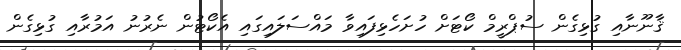
ޤާނޫނާއި ގުޅިގެން ސުޕްރީމް ކޯޓަށް ހުށަހެޅިފައިވާ މައްސަލައިގައި އެކޯޓުން ނެރުނު އަމުރާއި ގުޅިގެން